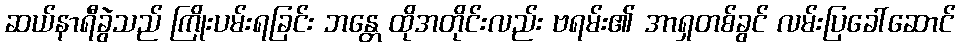
ဆယ်နာရီခွဲသည် ကြိုးပမ်းရခြင်း ဘန္တေ ထိုအတိုင်းလည်း ဗရမ်း၏ အာရှတစ်ခွင် လမ်းပြခေါ်ဆောင်